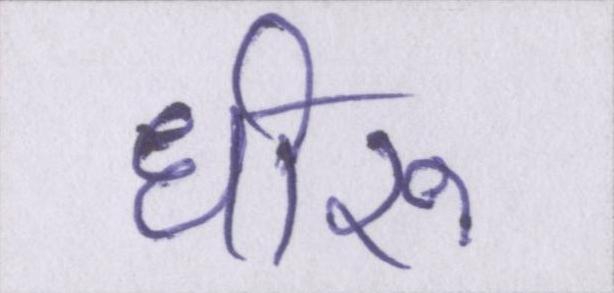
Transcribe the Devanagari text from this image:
धीरू